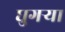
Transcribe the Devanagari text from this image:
घुगर्‍या